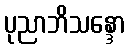
ပုညာဘိသန္ဒော